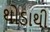
થોડાથી